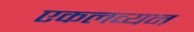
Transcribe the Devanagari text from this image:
एकलव्यन